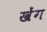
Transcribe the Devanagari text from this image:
खेंग